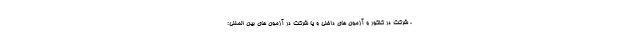
، شرکت در کنکور و آزمون های داخلی و یا شرکت در آزمون های بین المللی: